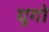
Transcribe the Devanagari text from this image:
यूगो